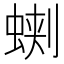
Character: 𧌥